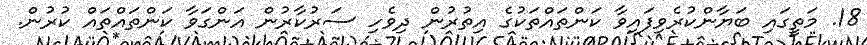
18. މަތީގައި ބަޔާންކުރެވިފައިވާ ކަންތައްތަކުގެ އިތުރުން ދިވެހި ސަރުކާރުން އަންގަވާ ކަންތައްތައް ކުރުން.